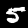
Label: 5